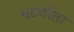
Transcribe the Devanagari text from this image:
चटणीला